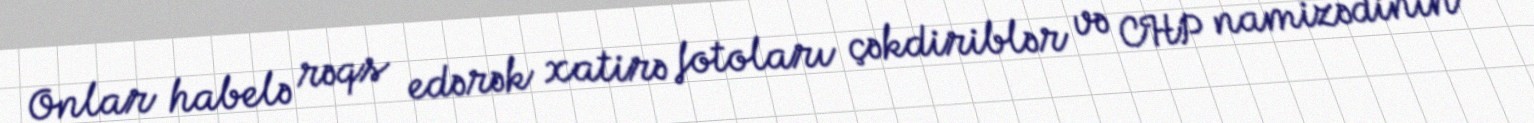
Onlar habelə rəqs edərək xatirə fotoları çəkdiriblər və CHP namizədinin